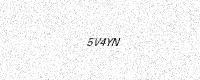
Text: 5V4YN